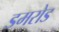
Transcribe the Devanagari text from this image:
डमरोड